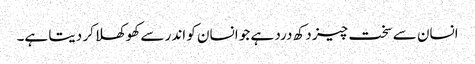
انسان سے سخت چیز دکھ درد ہے جو انسان کو اندر سے کھوکھلا کر دیتا ہے۔